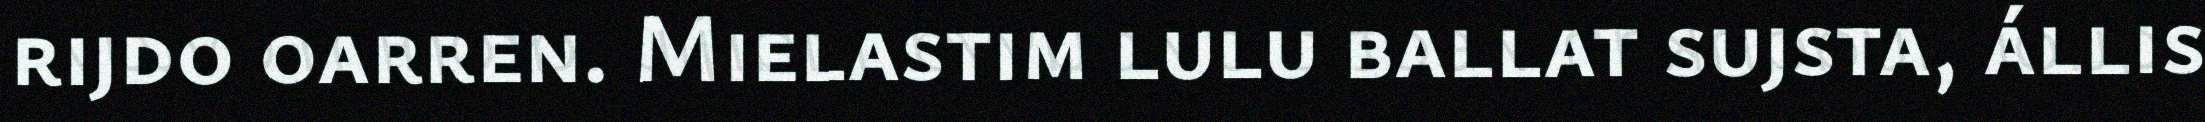
rijdo oarren. Mielastim lulu ballat sujsta, állis